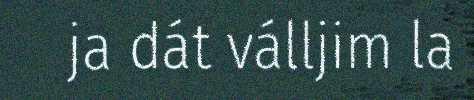
ja dát válljim la